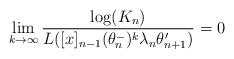
LaTeX: \begin{align*}\lim_{k\rightarrow \infty }\frac{\log (K_{n})}{L([x]_{n-1}(\theta_{n}^{-})^{k}\lambda _{n}\theta _{n+1}^{\prime })}=0 \end{align*}